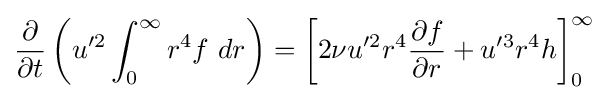
{\frac {\partial }{\partial t}}\left(u'^{2}\int _{0}^{\infty }r^{4}f\ dr\right)=\left[2\nu u'^{2}r^{4}{\frac {\partial f}{\partial r}}+u'^{3}r^{4}h\right]_{0}^{\infty }